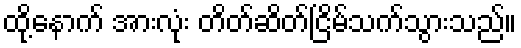
ထို့နောက် အားလုံး တိတ်ဆိတ်ငြိမ်သက်သွားသည်။